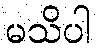
မသိပါ